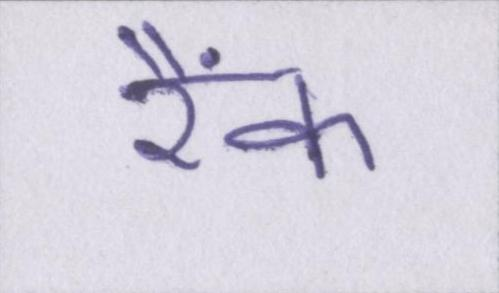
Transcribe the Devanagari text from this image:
रैंक